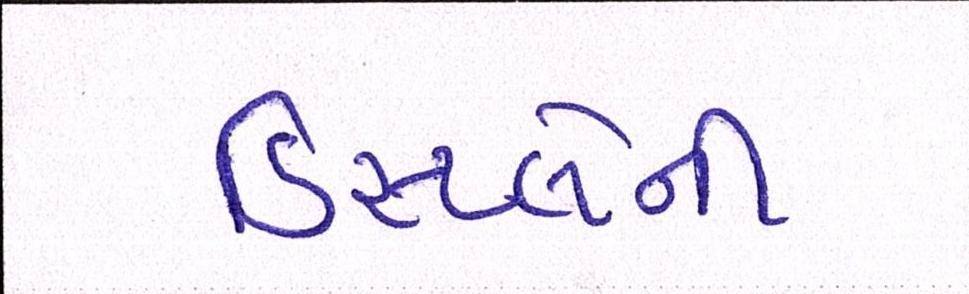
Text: ડિસ્પ્લેની